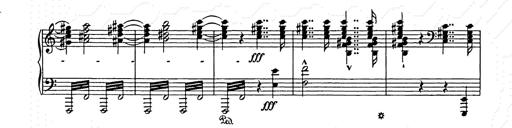
Title: Unstern!
Composer: Franz Liszt